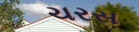
ચરસ